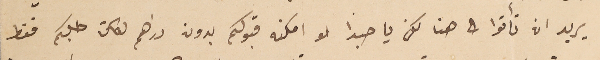
يريد ان تأتوا الى هنا لكن يا حبذا لو امكنه قبولكم بدون دراهم لكان طلبكم فقط